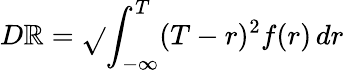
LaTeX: D\mathbb{R}={\sqrt{}{{\int_{-\infty}^{T}(T-r)^{2}f(r)\, dr}}}